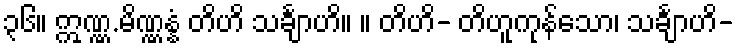
၃၆။ ဣဏ္ဏ.မိဏ္ဏန္နံ တိဟိ သင်္ချာဟိ။ ။ တိဟိ- တိဟူကုန်သော၊ သင်္ချာဟိ-